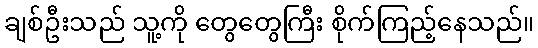
ချစ်ဦးသည် သူ့ကို တွေတွေကြီး စိုက်ကြည့်နေသည်။